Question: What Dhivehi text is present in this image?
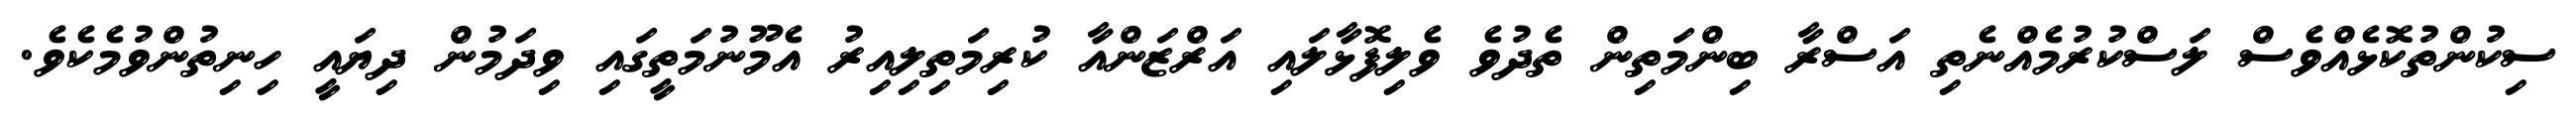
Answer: ސިކުންތުކޮޅެއްވެސް ލަސްކުރުމެއްނެތި އަސްރާ ބިންމަތިން ތެދުވެ ވެލިފޮޅާލައި އަރްޒަންއާ ކުރިމަތިލިއިރު އެމޫނުމަތީގައި ވިދަމުން ދިޔައީ ހިނިތުންވުމެކެވެ.